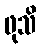
ဖုသိ